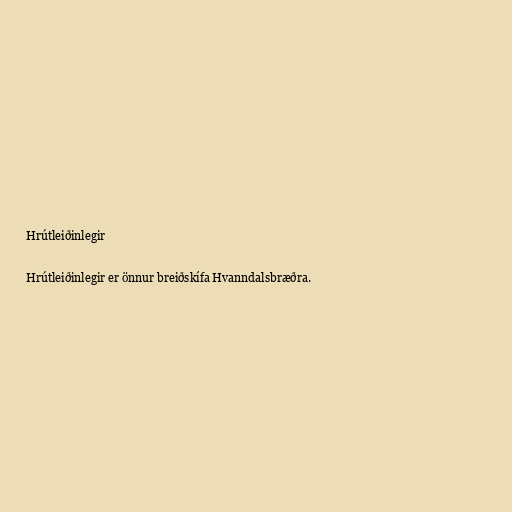
Hrútleiðinlegir

Hrútleiðinlegir er önnur breiðskífa Hvanndalsbræðra.